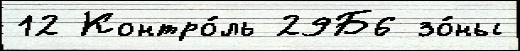
12 Контро́ль 29Б6 зо́ны